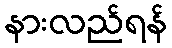
နားလည်ရန်